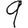
Digit: 9